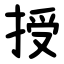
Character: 授